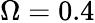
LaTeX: \Omega=0.4